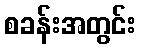
စခန်းအတွင်း